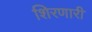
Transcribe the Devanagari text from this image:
शिरणारी